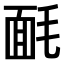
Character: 𣮿